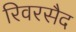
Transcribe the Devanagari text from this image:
रिवरसैद